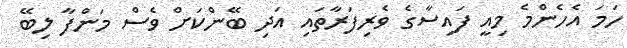
ހަމަ އެހެންމެ މިއީ ފައިސާގެ ވެރިފަރާތައި އަދި ބޭންކަށް ވެސް މަންފާ ލިބޭ